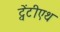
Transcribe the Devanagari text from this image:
ट्वेंटीएथ